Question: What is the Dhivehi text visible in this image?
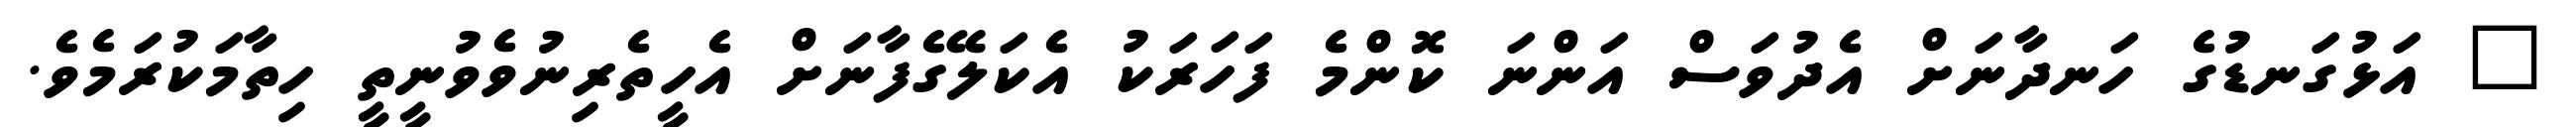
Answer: " އަޅުގަނޑުގެ ހަނދާނަށް އެދުވަސް އަންނަ ކޮންމެ ފަހަރަކު އެކަލޭގެފާނަށް އެހީތެރިނުވެވުނީތީ ހިތާމަކުރަމެވެ.